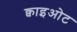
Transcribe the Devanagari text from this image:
क्वाइओट